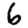
Digit: 6